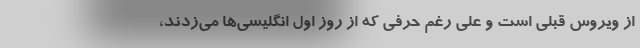
از ویروس قبلی است و علی رغم حرفی که از روز اول انگلیسی‌ها می‌زدند،